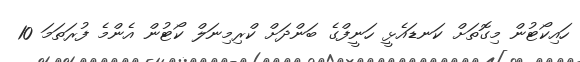
ހައިކޯޓުން މިގޮތަށް ކަނޑައެޅީ ހަނީފްގެ ބަންދަށް ކްރިމިނަލް ކޯޓުން އެންމެ ފުރަތަމަ 10